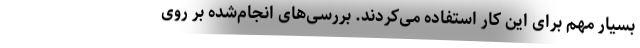
بسیار مهم برای این کار استفاده می‌کردند. بررسی‌های انجام‌شده بر روی